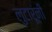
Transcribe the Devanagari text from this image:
लुटारूंनी